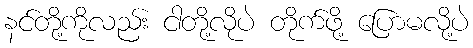
နင်တို့ကိုလည်း ငါတို့လိုပဲ တိုက်ဖို့ ပြောမလို့ပဲ